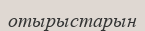
отырыстарын